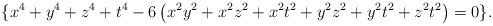
LaTeX: \begin{align*} \{x^4+y^4+z^4+t^4-6\left(x^2y^2+x^2z^2+x^2t^2+y^2z^2+y^2t^2+z^2t^2\right)=0\}.\end{align*}